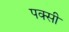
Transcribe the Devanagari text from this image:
पक्सी